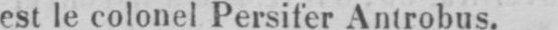
est le colonel Persifer Antrobus.